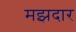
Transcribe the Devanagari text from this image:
मझदार